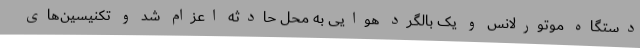
دستگاه موتورلانس و یک بالگرد هوایی به محل حادثه اعزام شد و تکنیسین‌های